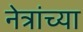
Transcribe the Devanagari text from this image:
नेत्रांच्या